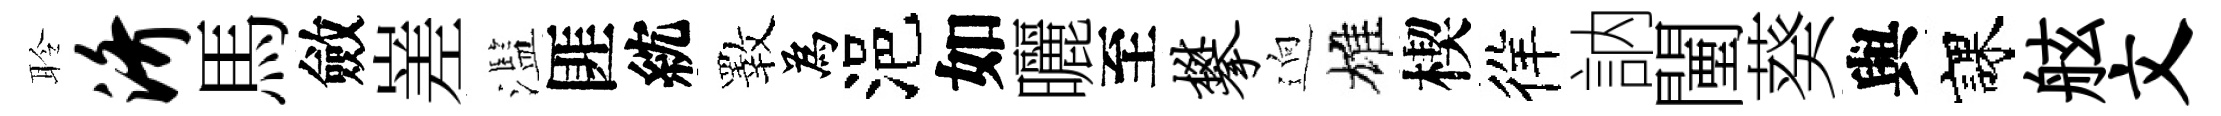
聆济馬斂嵳濫匪紞斁為浥如曬至攀逈雄楔徉訥闉葵與課舷文